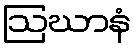
ဩဃာနံ